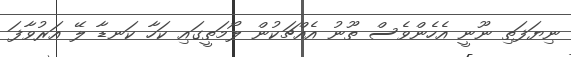
ނިޔަފަތި ނޫނީ އެހެންވެސް ތޫނު އެއްޗަކުން ލޯމަތީގައި ކަހާ ކަނޑާ ލޭ އަރުވާފަ